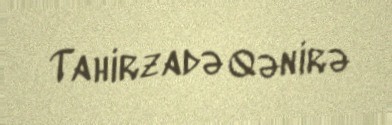
Tahirzadə Qənirə